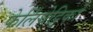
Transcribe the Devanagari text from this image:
फेर्लिंघेट्टिको